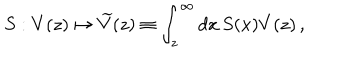
LaTeX: S : V ( z ) \mapsto \widetilde { V } ( z ) \equiv \int _ { z } ^ { \infty } d x \, S ( x ) V ( z ) \, ,